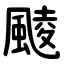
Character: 䬋